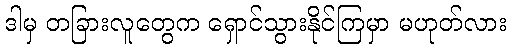
ဒါမှ တခြားလူတွေက ရှောင်သွားနိုင်ကြမှာ မဟုတ်လား